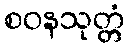
စဝနသုတ္တံ